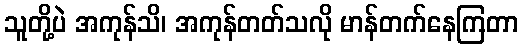
သူတို့ပဲ အကုန်သိ၊ အကုန်တတ်သလို မာန်တက်နေကြတာ